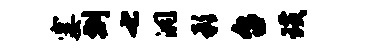
霎剽七洞影台璜